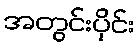
အတွင်းပိုင်း